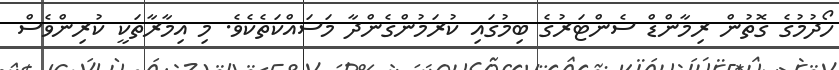
ހޯދުމުގެ ގޮތުން ރިމާންޑް ސެންޓަރުގެ ބިމުގައި ކުރަމުންގެންދާ މަސައްކަތެކެވެ. މި އިމާރާތަކީ ކުރިންވެސް